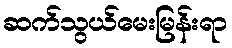
ဆက်သွယ်မေးမြန်းရာ